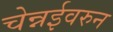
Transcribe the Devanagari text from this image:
चेन्नईवरुन